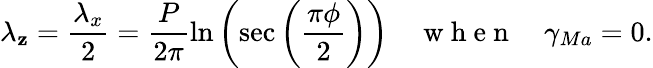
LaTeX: \lambda_{\mathbf{z}}=\frac{{\lambda_{x}}}{{2}}=\frac{{P}}{{2\pi}}\ln\left(\sec\left(\frac{{\pi\phi}}{{2}}\right)\right)\quad\mathrm{{~w~h~e~n~}}\quad\gamma_{Ma}=0.